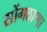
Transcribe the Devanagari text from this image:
सोंगठाणा